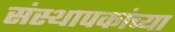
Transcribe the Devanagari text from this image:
संस्थापकांच्या